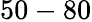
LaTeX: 50-80